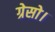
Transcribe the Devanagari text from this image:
ग्रेसो।